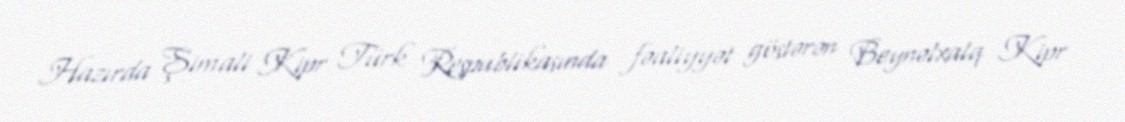
Hazırda Şimali Kipr Türk Respublikasında fəaliyyət göstərən Beynəlxalq Kipr